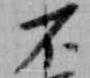
不